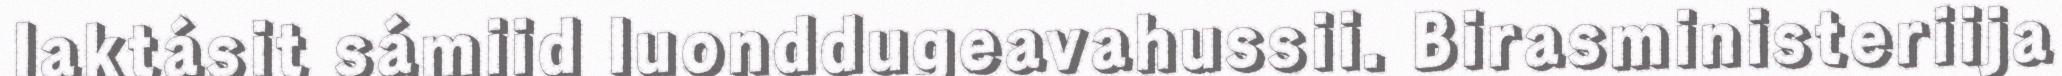
laktásit sámiid luonddugeavahussii. Birasministeriija